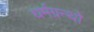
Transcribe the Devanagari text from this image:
धर्मग्रन्थो